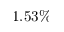
1 . 5 3 \%